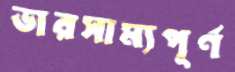
ভারসাম্যপূর্ণ